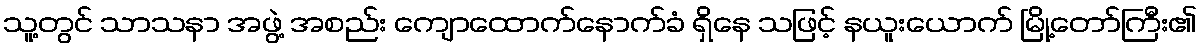
သူ့တွင် သာသနာ အဖွဲ့ အစည်း ကျောထောက်နောက်ခံ ရှိနေ သဖြင့် နယူးယောက် မြို့တော်ကြီး၏